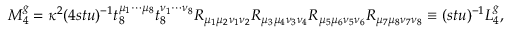
M _ { 4 } ^ { g } = \kappa ^ { 2 } ( 4 s t u ) ^ { - 1 } t _ { 8 } ^ { \mu _ { 1 } \cdots \mu _ { 8 } } t _ { 8 } ^ { \nu _ { 1 } \cdots \nu _ { 8 } } R _ { \mu _ { 1 } \mu _ { 2 } \nu _ { 1 } \nu _ { 2 } } R _ { \mu _ { 3 } \mu _ { 4 } \nu _ { 3 } \nu _ { 4 } } R _ { \mu _ { 5 } \mu _ { 6 } \nu _ { 5 } \nu _ { 6 } } R _ { \mu _ { 7 } \mu _ { 8 } \nu _ { 7 } \nu _ { 8 } } \equiv ( s t u ) ^ { - 1 } L _ { 4 } ^ { g } ,